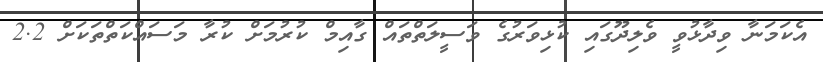
އެކަމަނާ ވިދާޅުވީ ވެލިދޫގައި ކުޅިވަރުގެ ވަސީލަތްތައް ގާއިމް ކުރުމަށް ކުރާ މަސައްކަތްތަކަށް 2.2